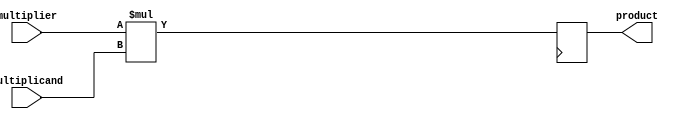
module unsigned_multiplier (
    input wire [31:0] multiplier,
    input wire [31:0] multiplicand,
    output reg [63:0] product
);

reg [63:0] partial_product;

always @(*) begin
    partial_product = { (32'b0), multiplier } * { (32'b0), multiplicand };
end

always @ (posedge clk) begin
    product <= partial_product;
end

endmodule